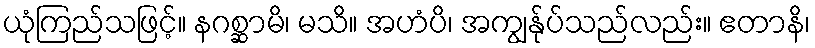
ယုံကြည်သဖြင့်။ နဂစ္ဆာမိ၊ မသိ။ အဟံပိ၊ အကျွန်ုပ်သည်လည်း။ ဧတာနိ၊